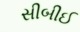
સીબીઈ